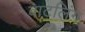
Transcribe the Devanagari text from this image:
बाटलिंग